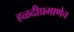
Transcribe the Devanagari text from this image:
हळदीप्रमाणेच